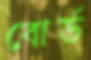
বোর্ড